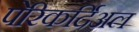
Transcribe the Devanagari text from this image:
पेरिकर्दिअल